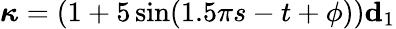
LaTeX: \boldsymbol{\kappa}=(1+5\sin(1.5\pi s-t+\phi))\mathbf{d}_{1}